Indian journal of veterinary science and animal husbandry - Volume 2,
Year: 1932
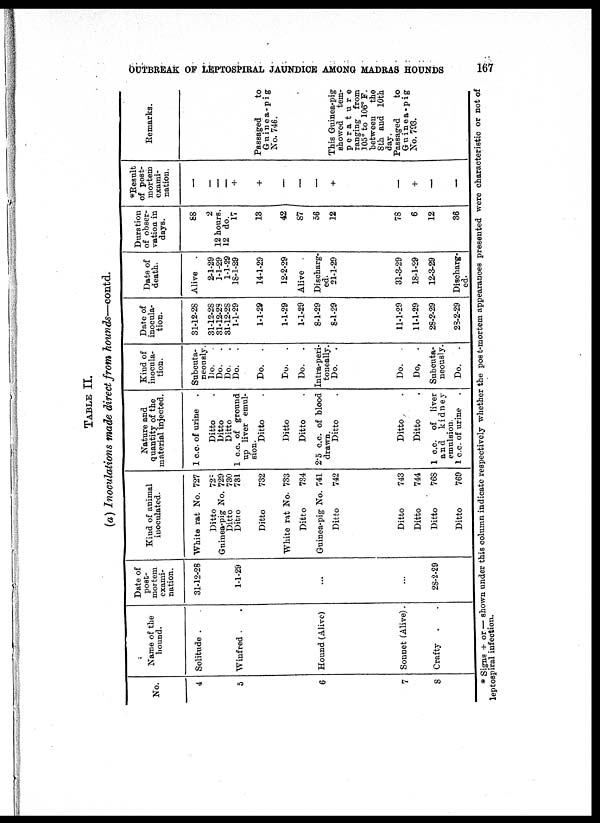
OUTBREAK OF LEPTOSPIRAL JAUNDICE AMONG MADRAS HOUNDS
167
TABLE II.
(a) Inoculations made direct from hounds—contd.
No.
4
5
6
7
8
Name of the
hound.
Solitude . .
Winfred . .
Hound (Alive)
Sonnet (Alive).
Crafty
. .
Date of
post-
mortem
exami-
nation.
31-12-28
1-1-29
...
...
28-2-29
Kind of animal
inoculated.
White rat No. 727
Ditto
728
Guinea-pig No. 729
Ditto
730
Ditto
731
Ditto
732
White rat No. 733
Ditto
734
Guinea-pig No. 741
Ditto
742
Ditto
743
Ditto
744
Ditto
768
Ditto
769
Nature and
quantity of the
material injected.
1 c.c. of urine
Ditto
Ditto
Ditto
1 c.c. of ground
up liver emul-
sion.
Ditto
Ditto
Ditto
2. c.c. of blood
drawn.
Ditto
Ditto
Ditto
1 c.c. of liver
and
kidney
emulsion.
1 c.c. of urine
Kind of
inocula-
tion.
Subcuta¬
neously.
Do.
Do.
.
Do.
.
Do.
Do.
.
Do.
.
Do.
.
Intra-peri¬
toueally.
Do.
.
Do.
Do, .
Subcuta-
neously.
Do.
.
Date of
inocula-
tion.
31-12-28
31-12-28
31-12-28
31-12-28
1-1-29
1-1-29
1-1-29
1-1-29
8-1-29
8-1-29
11-1-29
11-1-29
28-2-29
23-2-29
Date of
death.
Alive
2-1-29
1-1-29
1-1-29
18-1-29
14-1-29
12-2-29
Alive
Discharg¬
ed.
21-1-29
31-3-29
18-1-29
12-3-29
Discharg-
ed.
Duration
of obser-
vation in
days.
88
2
12 hours.
12 do.
17
13
42
87
56
12
78
6
12
36
*Result
of post-
mortem
exami-
nation.
—
—
—
—
+
+
—
—
—
+
+
—
—
Remarks.
Passaged
to
Guinea-pig
No. 746.
This Guinea-pig
showed tem¬
perature
ranging from
105° to 106° F.
between
the
8th and 10th
day.
Passaged
to
Guinea-pig
No. 793.
* Signs + or — shown under this column indicate respectively whether the post-mortem appearances presented were characteristic or not of
leptospiral infection.